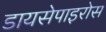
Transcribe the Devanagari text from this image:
डायसेपाइरोस